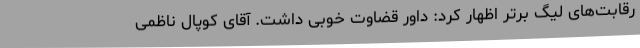
رقابت‌های لیگ برتر اظهار کرد:‌ داور قضاوت خوبی داشت. آقای کوپال ناظمی